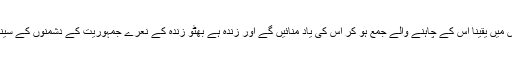
بھٹو کی برسی پر گڑھی خدا بخش میں یقیناً اس کے چاہنے والے جمع ہو کر اس کی یاد منائیں گے اور زندہ ہے بھٹو زندہ کے نعرے جمہوریت کے دشمنوں کے سینے پر مونگ دلتے نظر آئیں گے۔